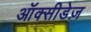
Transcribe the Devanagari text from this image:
ऑक्सीडेज़